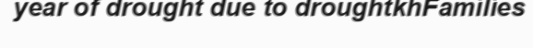
year of drought due to droughtkhFamilies